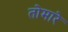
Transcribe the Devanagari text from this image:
तोमारे